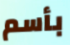
بأسم